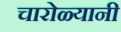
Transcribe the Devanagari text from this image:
चारोळ्यानी